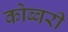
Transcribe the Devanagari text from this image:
कोब्बरी